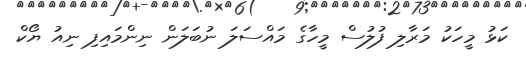
ކަޅު މީހަކު މަރާލި ފުލުސް މީހާގެ މައްސަލަ ނުބަލަން ނިންމައިފި ނިއު ޔޯކް